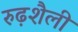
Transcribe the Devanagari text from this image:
रुढ़शैली